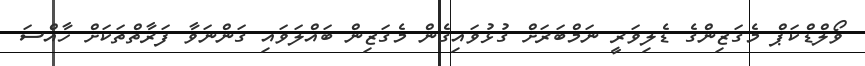
ވޯލްޑްކަޕް މެގަޒިންގެ ޑެލިވަރީ ނަމްބަރަށް ގުޅުވައިގެން މެގަޒިން ބައްލަވައި ގަންނަވާ ފަރާތްތަކަށް ހާއްސަ